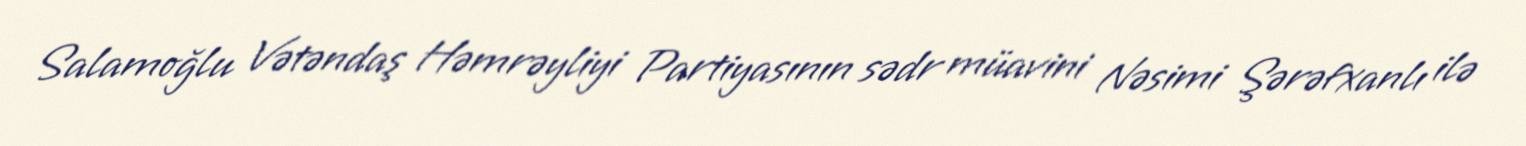
Salamoğlu Vətəndaş Həmrəyliyi Partiyasının sədr müavini Nəsimi Şərəfxanlı ilə